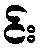
င်း